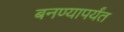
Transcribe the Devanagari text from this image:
बनण्यापर्यंत